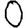
Digit: 0